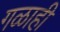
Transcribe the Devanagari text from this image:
गळाही